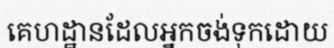
គេហដ្ឋានដែលអ្នកចង់ទុកដោយ